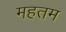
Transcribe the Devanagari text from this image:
महतम